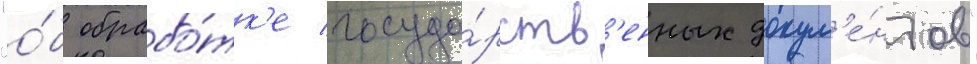
"о́б обрабо́тк'е госуда́рств'енных докум'е́нтов"